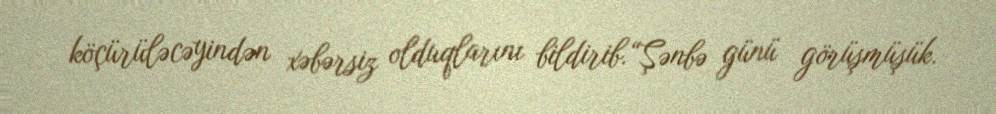
köçürüləcəyindən xəbərsiz olduqlarını bildirib.“Şənbə günü görüşmüşük.